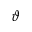
\vartheta